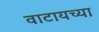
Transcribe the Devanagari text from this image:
वाटायच्या